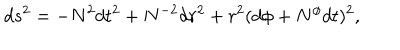
d s ^ { 2 } = - N ^ { 2 } d t ^ { 2 } + N ^ { - 2 } d r ^ { 2 } + r ^ { 2 } ( d \phi + N ^ { \phi } d t ) ^ { 2 } ,